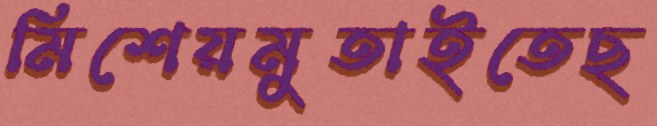
মিশেয়মুতাইতেছ